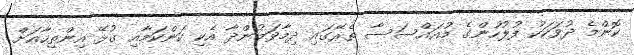
ކޮންމެ ދުވަހަކު ފުލުހުންގެ މުއައްސަސާ ތެރޭގައި ދިމާވަމުންދާ އެކި ކަންކަމާއި ގުޅޭ އިންތިހާއަށް